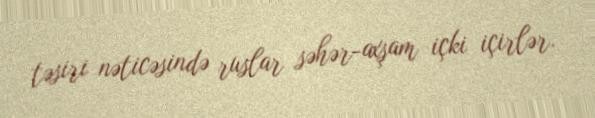
təsiri nəticəsində ruslar səhər-axşam içki içirlər.